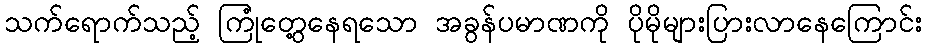
သက်ရောက်သည့် ကြုံတွေ့နေရသော အခွန်ပမာဏကို ပိုမိုများပြားလာနေကြောင်း